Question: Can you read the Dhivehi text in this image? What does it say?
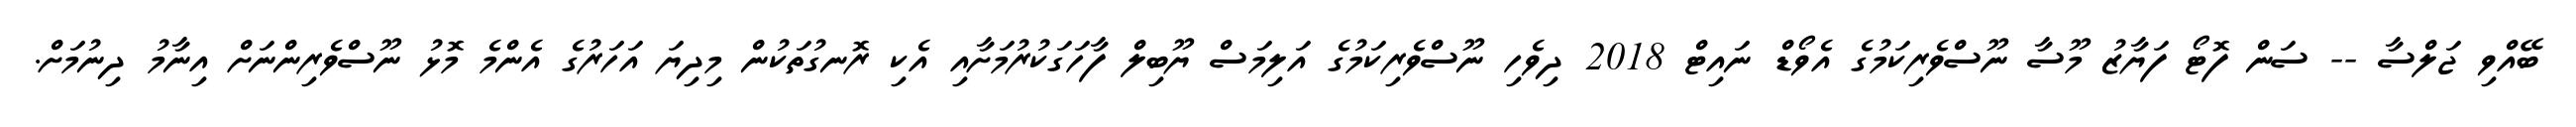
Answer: ބޭއްވި ޖަލްސާ -- ސަން ފޮޓޯ ފަޔާޒު މޫސާ ނޫސްވެރިކަމުގެ އެވޯޑް ނައިޓް 2018 ދިވެހި ނޫސްވެރިކަމުގެ އަލިމަސް ޔޫބިލް ފާހަގަކުރުމަށާއި އެކި ރޮނގުތަކުން މިދިޔަ އަހަރުގެ އެންމެ މޮޅު ނޫސްވެރިންނަށް އިނާމު ދިނުމަށް.